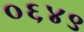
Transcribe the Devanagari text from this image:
०६४९